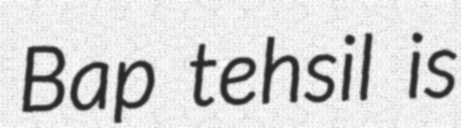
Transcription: Bap tehsil is